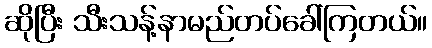
ဆိုပြီး သီးသန့်နာမည်တပ်ခေါ်ကြတယ်။